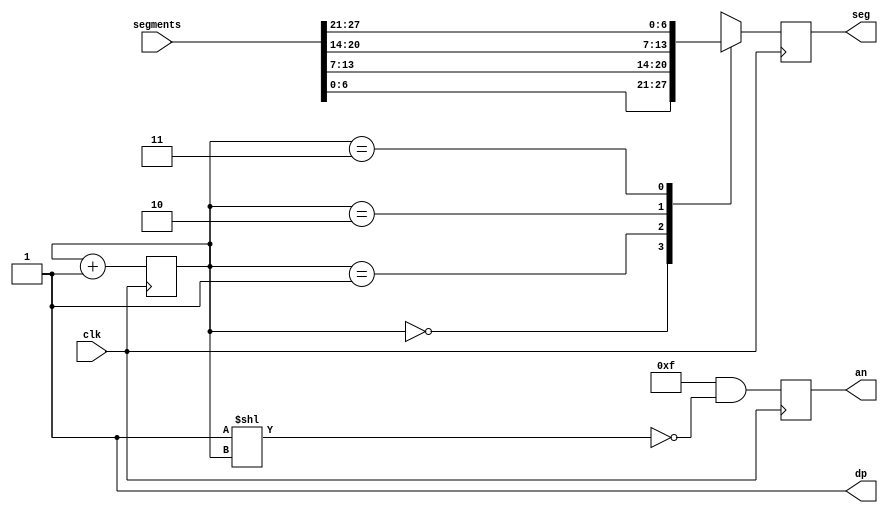
`timescale 1ns / 1ps
//////////////////////////////////////////////////////////////////////////////////
// Company: 
// Engineer: 
// 
// Design Name: 
// Module Name: SegmentsDisplay
// Project Name: 
// Target Devices: 
// Tool Versions: 
// Description: 
// 
// Dependencies: 
// 
// Revision:
// Revision 0.01 - File Created
// Additional Comments:
// 
//////////////////////////////////////////////////////////////////////////////////


module SegmentsDisplay(
    output reg[6:0] seg,
    output reg[3:0] an,
    output dp,
    input [27:0] segments,
    input clk
    );
    
    reg [1:0] state = 0;
    assign dp = 1;

    always @(posedge clk) begin
        case(state)
            2'd0: seg <= segments[6:0];
            2'd1: seg <= segments[13:7];
            2'd2: seg <= segments[20:14];
            2'd3: seg <= segments[27:21];
        endcase
    end

    always @(posedge clk) begin
        state <= state + 1;
        an <= 4'b1111 & ~(4'b0001<<state);
    end

endmodule